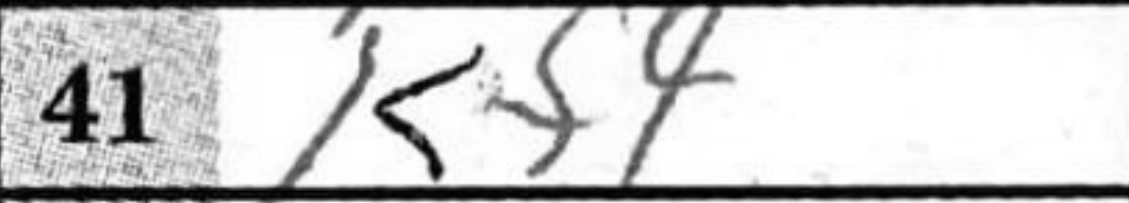
Transcription: Kf4